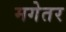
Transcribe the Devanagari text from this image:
मगेतर